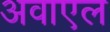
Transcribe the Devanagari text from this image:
अवाएल